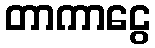
တာကာငွေ